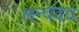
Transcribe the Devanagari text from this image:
अन्वेवय